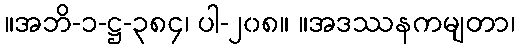
။အဘိ-၁-ဋ္ဌ-၃၈၄၊ ပါ-၂၀၈။ ။အဒဿနကမျတာ၊